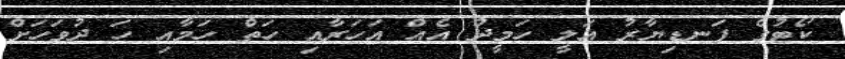
ކޯޓުގެ ފަނޑިޔާރު އަލީ ހަމީދު އެއް އަހަރާއި ހަތް ހަމާއި ހަ ދުވަހަށް